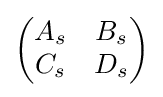
\left({\begin{matrix}A_{s}&B_{s}\\C_{s}&D_{s}\\\end{matrix}}\right)